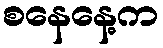
စနေနေ့က